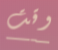
وقت